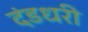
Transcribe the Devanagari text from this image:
दंडधरी